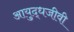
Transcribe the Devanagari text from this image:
आयुद्धजीवी